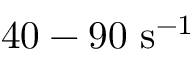
4 0 - 9 0 ~ \mathrm { s } ^ { - 1 }